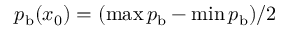
{ p } _ { \mathrm { b } } ( x _ { 0 } ) = ( \operatorname* { m a x } { p } _ { \mathrm { b } } - \operatorname* { m i n } { p } _ { \mathrm { b } } ) / 2